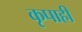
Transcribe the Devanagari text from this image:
कृपाही